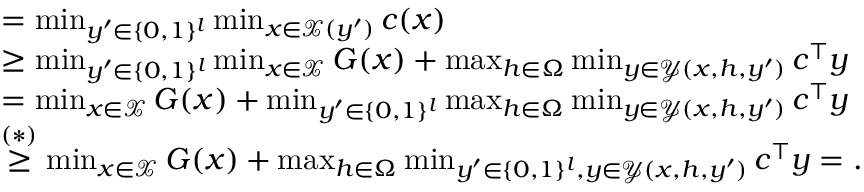
\begin{array} { r l } & { = \operatorname* { m i n } _ { y ^ { \prime } \in \{ 0 , 1 \} ^ { l } } \operatorname* { m i n } _ { x \in \mathcal { X } ( y ^ { \prime } ) } c ( x ) } \\ & { \geq \operatorname* { m i n } _ { y ^ { \prime } \in \{ 0 , 1 \} ^ { l } } \operatorname* { m i n } _ { x \in \mathcal { X } } G ( x ) + \operatorname* { m a x } _ { h \in \Omega } \operatorname* { m i n } _ { y \in \mathcal { Y } ( x , h , y ^ { \prime } ) } c ^ { \top } y } \\ & { = \operatorname* { m i n } _ { x \in \mathcal { X } } G ( x ) + \operatorname* { m i n } _ { y ^ { \prime } \in \{ 0 , 1 \} ^ { l } } \operatorname* { m a x } _ { h \in \Omega } \operatorname* { m i n } _ { y \in \mathcal { Y } ( x , h , y ^ { \prime } ) } c ^ { \top } y } \\ & { \overset { ( * ) } { \geq } \operatorname* { m i n } _ { x \in \mathcal { X } } G ( x ) + \operatorname* { m a x } _ { h \in \Omega } \operatorname* { m i n } _ { y ^ { \prime } \in \{ 0 , 1 \} ^ { l } , y \in \mathcal { Y } ( x , h , y ^ { \prime } ) } c ^ { \top } y = . } \end{array}